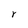
Character: r